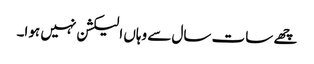
چھے سات سال سے وہاں الیکشن نہیں ہوا۔